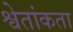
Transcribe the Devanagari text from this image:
श्वेतांकता